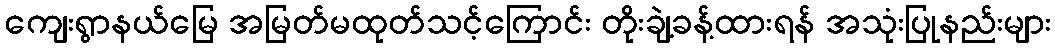
ကျေးရွာနယ်မြေ အမြတ်မထုတ်သင့်ကြောင်း တိုးချဲ့ခန့်ထားရန် အသုံးပြုနည်းများ